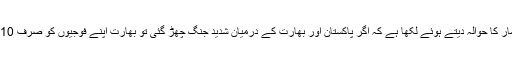
اخبار نے بھارتی حکومت کے اعدادو شمار کا حوالہ دیتے ہوئے لکھا ہے کہ اگر پاکستان اور بھارت کے درمیان شدید جنگ چھڑ گئی تو بھارت اپنے فوجیوں کو صرف 10 دن تک اسلحہ وبارود فراہم کر سکتا ہے۔